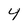
Character: 4